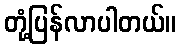
တုံ့ပြန်လာပါတယ်။